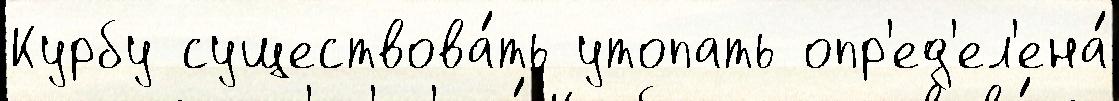
Курбу существова́ть утопать опр'ед'ел'ена́